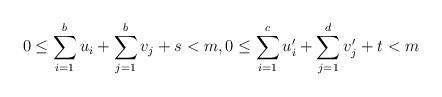
LaTeX: \begin{gather*} 0\leq \sum_{i=1}^b u_i+\sum_{j=1}^b v_j+s<m,0 \leq \sum_{i=1}^c u'_i+\sum_{j=1}^d v'_j+t <m \end{gather*}